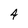
Character: 4